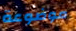
موضوعة